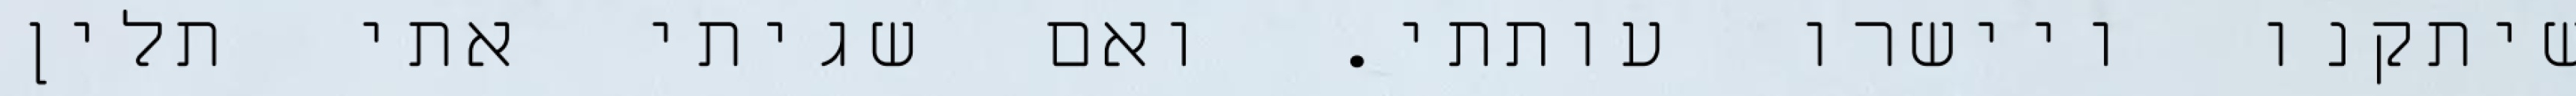
שיתקנו ויישרו עותתי. ואם שגיתי אתי תלין